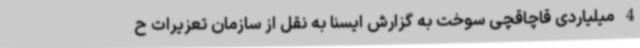
4 میلیاردی قاچاقچی سوخت به گزارش ایسنا به نقل از سازمان تعزیرات ح